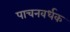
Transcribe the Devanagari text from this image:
पाचनवर्धक